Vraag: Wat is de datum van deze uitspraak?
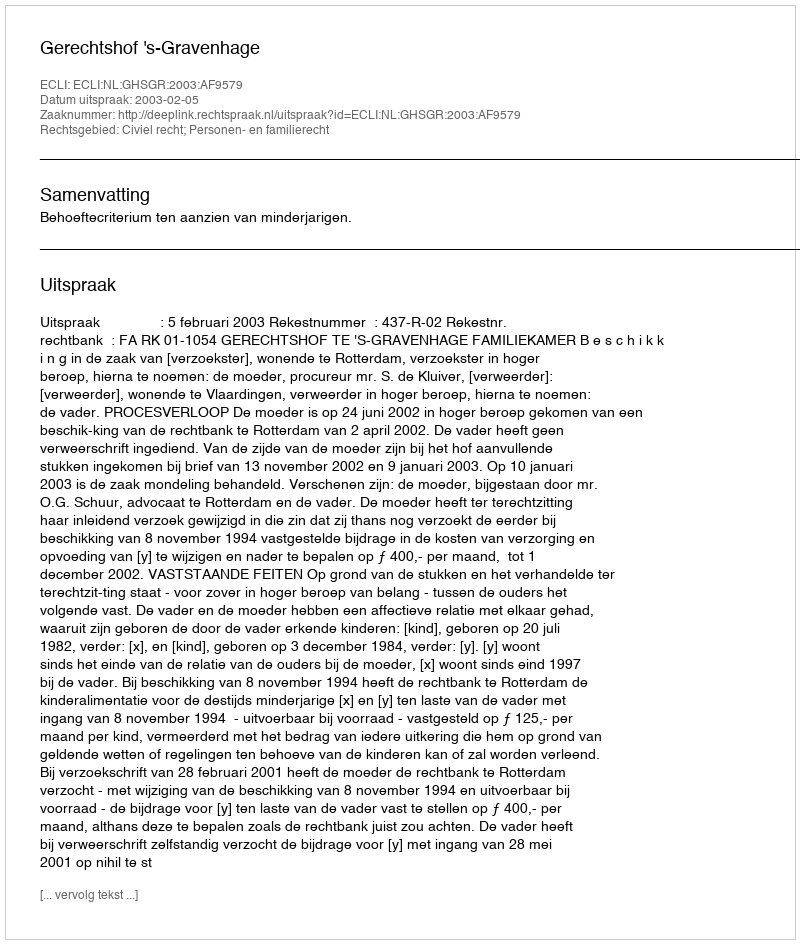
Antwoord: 2003-02-05